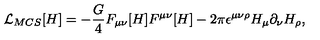
{ \cal L } _ { M C S } [ H ] = - \frac { G } { 4 } F _ { \mu \nu } [ H ] F ^ { \mu \nu } [ H ] - 2 \pi \epsilon ^ { \mu \nu \rho } H _ { \mu } \partial _ { \nu } H _ { \rho } ,